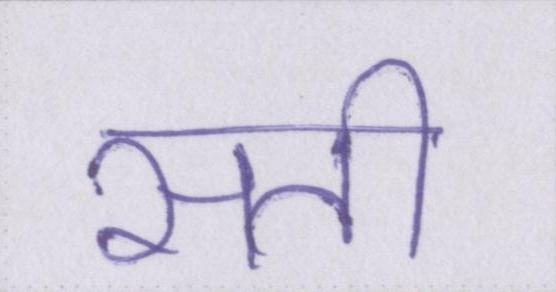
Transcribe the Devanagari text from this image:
सती